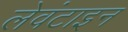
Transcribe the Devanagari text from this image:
लेवंटाइन